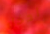
ادخل